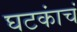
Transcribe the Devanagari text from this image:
घटकांचं